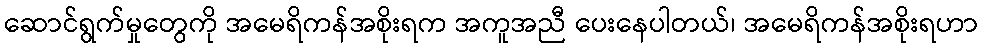
ဆောင်ရွက်မှုတွေကို အမေရိကန်အစိုးရက အကူအညီ ပေးနေပါတယ်၊ အမေရိကန်အစိုးရဟာ